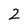
Character: 2